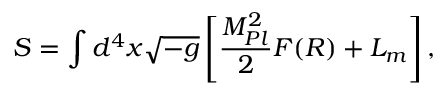
S = \int d ^ { 4 } x \sqrt { - g } \left[ \frac { M _ { P l } ^ { 2 } } { 2 } F ( R ) + { \cal L } _ { m } \right] ,